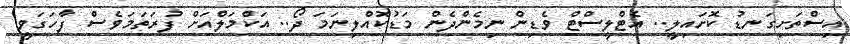
އިސްތަށިގަނޑު ކޮށައިލީ.. އެޓްލީސްޓް ވެޑިން ނިމެންދެން މަޑުކޮއްލިނަމަ ދޯ.. އަކްމަލްއަށް ފުރަތަމަވެސް ފާހަގަވީ